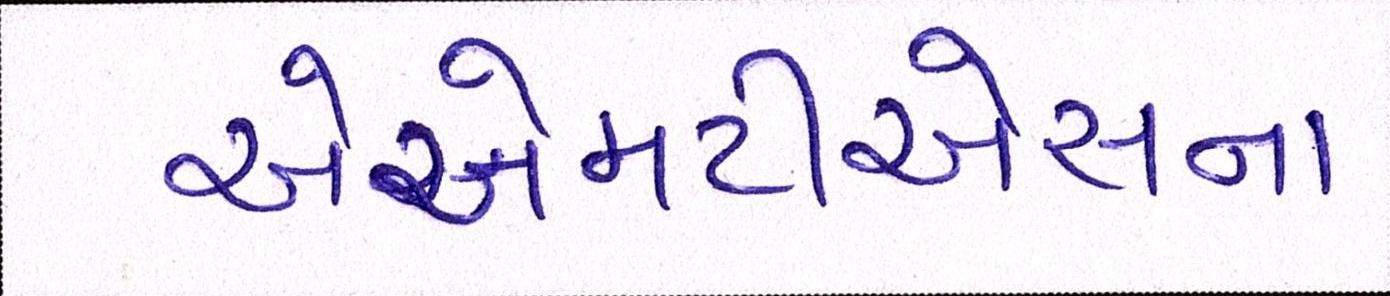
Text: એએમટીએસના